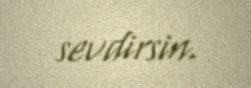
sevdirsin.